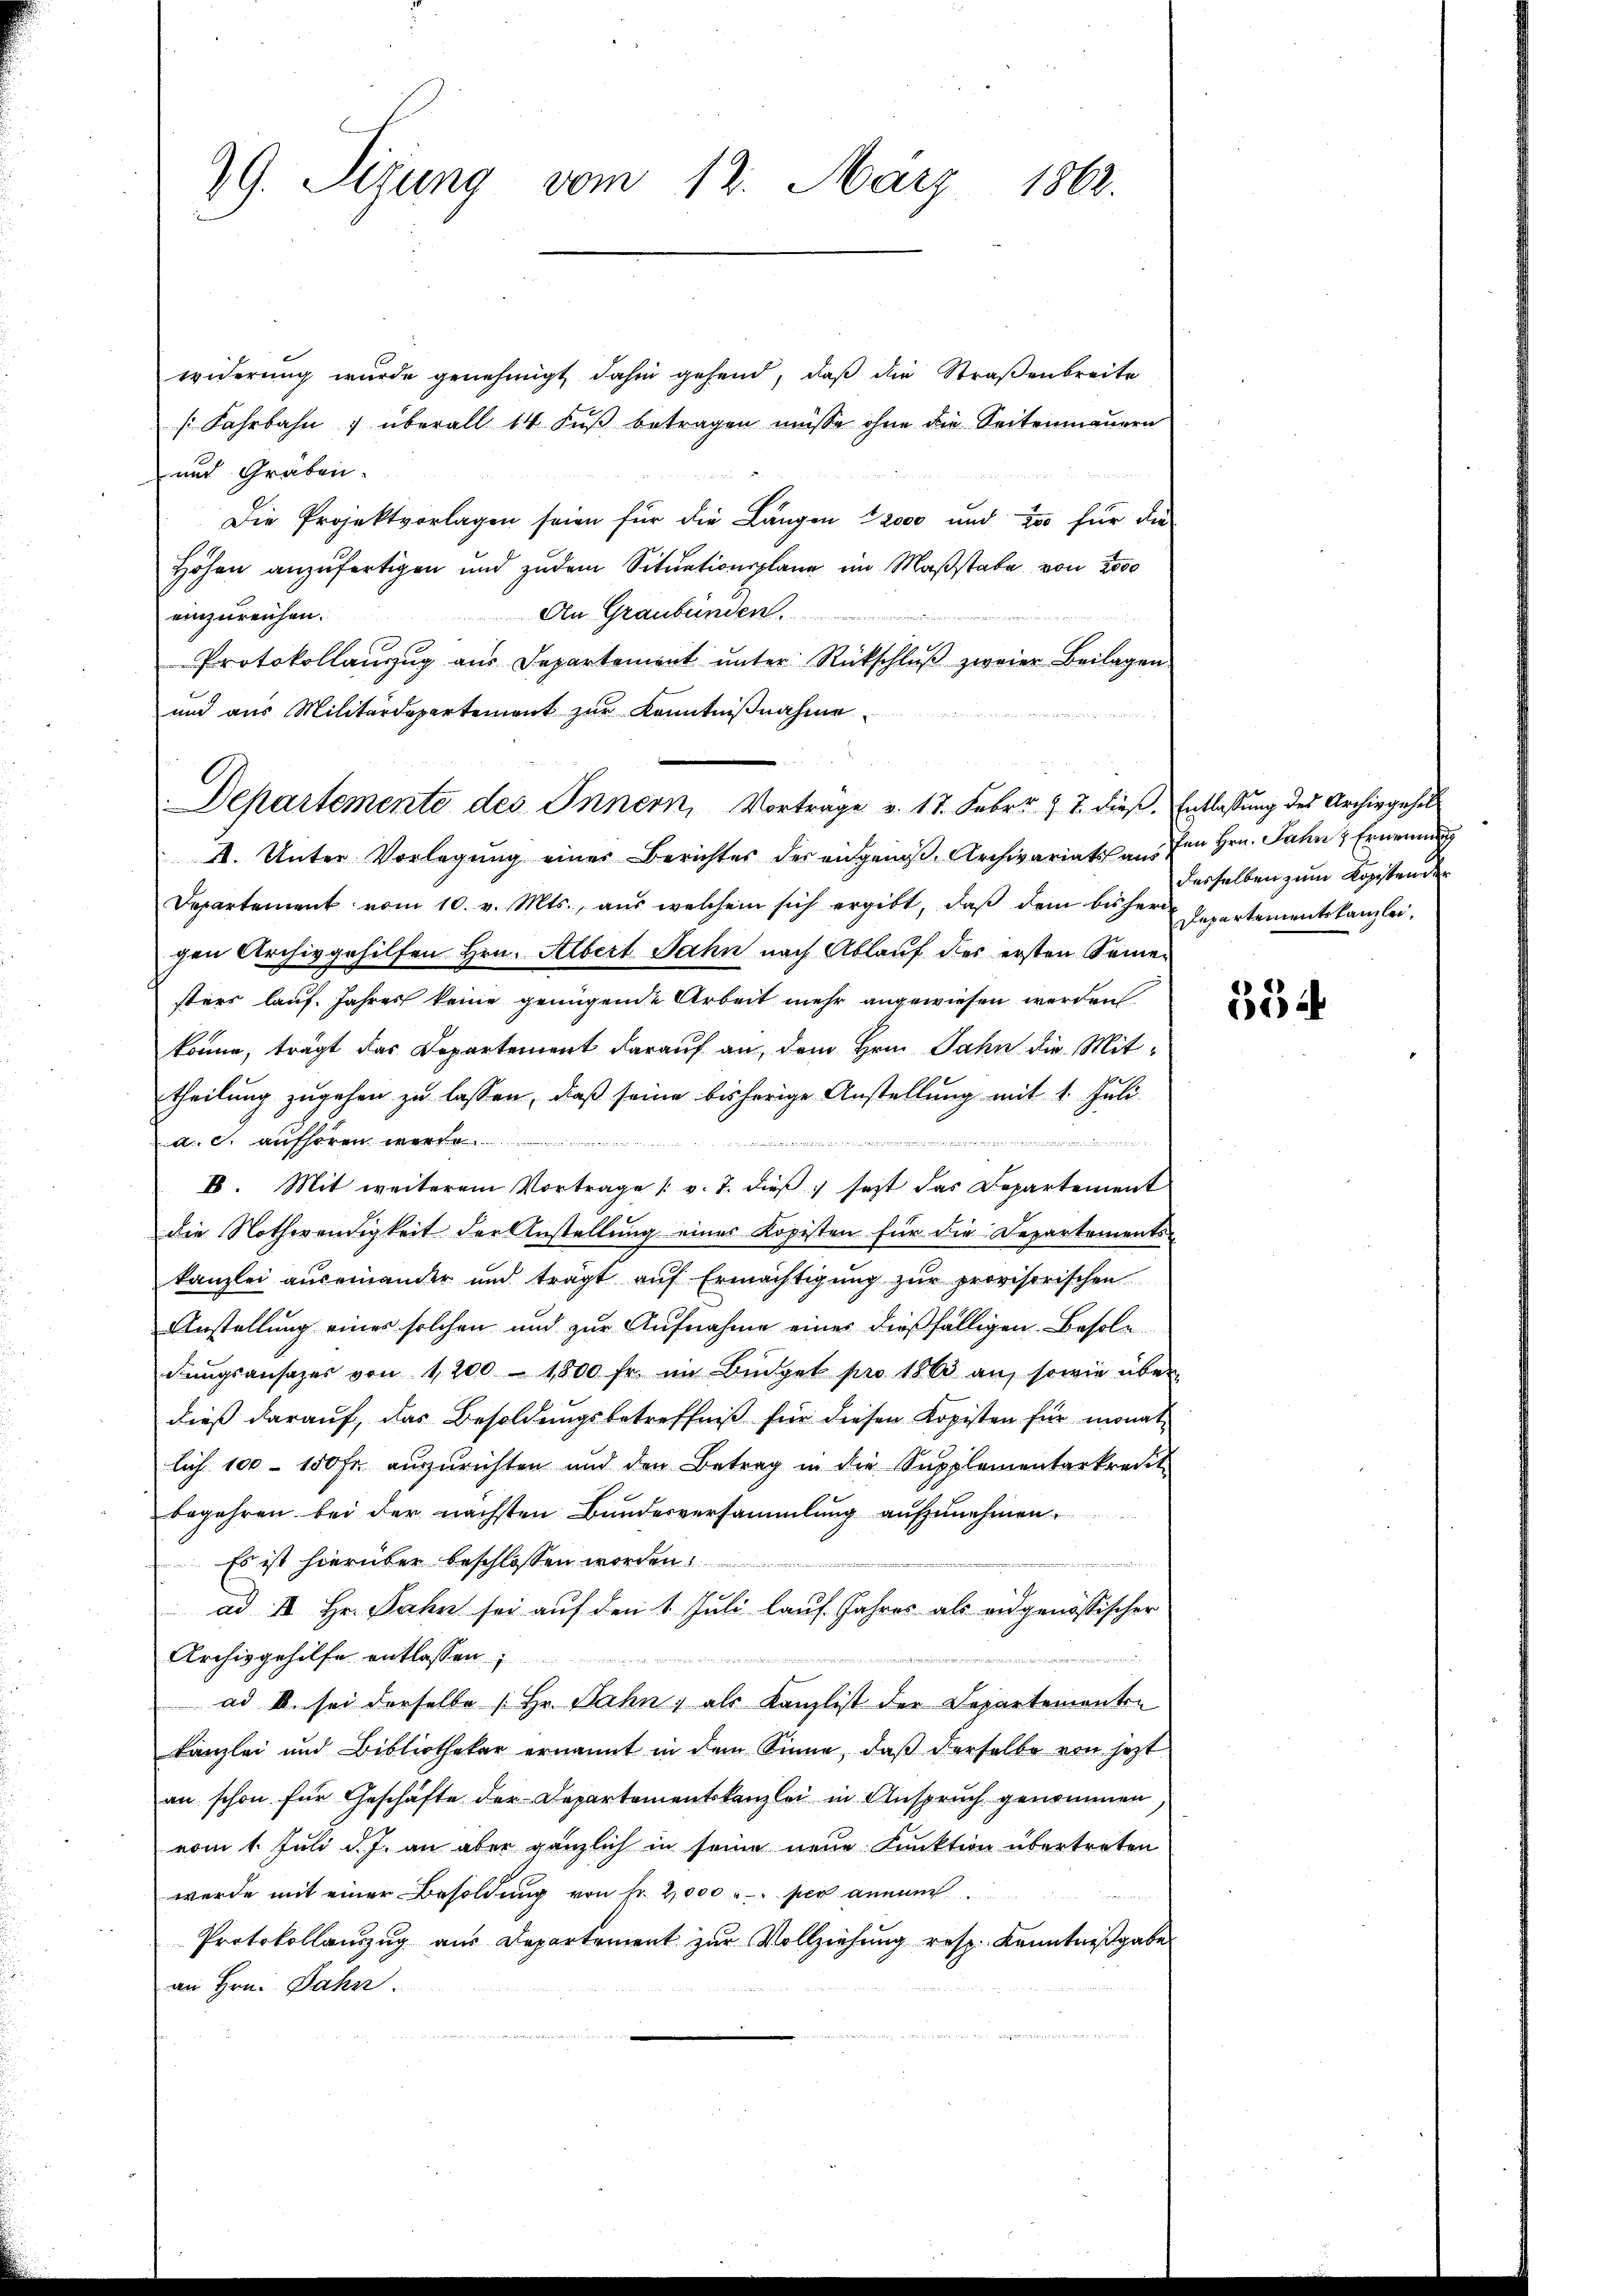
29. Serung vom 12. März 1862.

widerung wurde genehmigt dahin gehend, daß die Straßenbreite
s Fahrbahn & überall 14 Fŭβ betragen müsse ohne die Seitenmauern
und Gräben.
Die Projektvorlagen seien für die Längen 12000 und zu für die
Höhen anzufertigen und zudem Sitŭationsplane im Maßstabe von 2000
An Graubünden.
einzureichen.
Protokollanzug aus Departement ŭnter Rückschlŭβ zweier Beilagen.
und aus Militärdepartement zur Kenntnißnahme
Departemente des Innern, Vortrage v. 17. Febr. J. J. dieß. Entlaßung des Archivgesel
A. Unter Vorlegung einer Berichtes der angenoß, Archivariats an den Hrn. Jahn & Ernennung
Departement vom 10. v. Mts., aus welchem sich ergibt, daβ dem beher Repartementskanzlei,
gen Archivgehilfen Hrn. Albert Jahn nach Ablauf des ersten Semesters lauf. Jahres keine genügende Arbeit mehr angewiesen werden
könne, trägt das Departement darauf an, dem Hrn. Jahn die Mit-
theilung zugehen zu lassen, daß seine bisherige Anstellung mit 1. Juli
a. c. aufhören
B. Mit weiterem Vortrage (v. T. dieß fest das Departement
die Nothwendigkeit der Anstellung eines Kopisten für die Departements-
kanzlei auseinander und trägt aŭf Ermächtigŭng zŭr provisorischen
Anstellung eines solchen und zur Aufnahme eines dießfälligen Besoldŭngsansazes von 1200 - 1800 fr. im Büdget pro 1863 an, sowie über
dieß darauf, das Besoldungsbetreffniß für diesen Kopisten für monat
lich 100 - 150 fr. auszurichten und den Betrag in die Supplementarkredit
begehren bei der nächsten Bundesversammlung aufzunehmen.
Es ist hierüber beschlossen worden.
u
ad I. Hr. Jahn sei auf den 1. Juli lauf Jahres als eidgenössischer
Archivgehilfe entlassen
ad b. sei derselbe Hr. Jahn, als Kanzlist der Departementen
kanzlei und Bibliothekar ernannt in dem Sinne, daβ derselbe von jetzt
an schon für Geschäfte der Departementskanzlei in Anspruch genommen,
vom 1. Juli d. J. an aber gänzlich in seine neue Funktion übertreten
wurde mit einer Besoldung von fr. 2,000 per annam
Protokollauszug aus Departement zur Vollziehung resp. Kenntnißgabe
an Hrn. Dahn.

desselben zum Kopistender

534